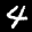
Label: 4